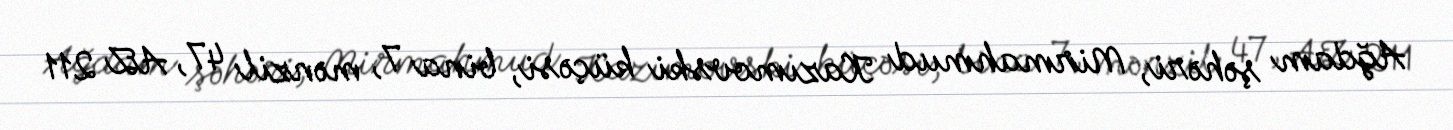
Ağdam şəhəri, Mirmahmud Kazımovski küçəsi, bina 7, mənzil 47, AZ 211